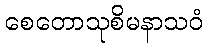
စေတောသုစိမနာသဝံ